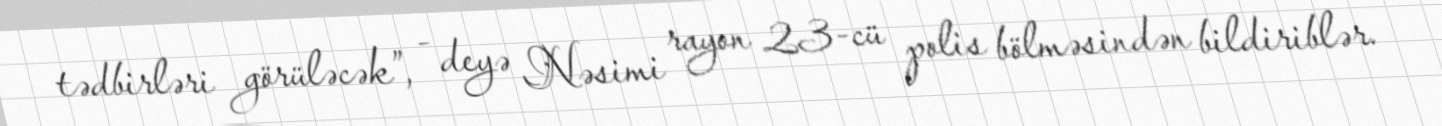
tədbirləri görüləcək”, - deyə Nəsimi rayon 23-cü polis bölməsindən bildiriblər.